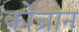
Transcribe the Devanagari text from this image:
कोच्रान